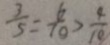
\frac { 3 } { 5 } = \frac { 6 } { 1 0 } > \frac { 4 } { 1 0 }